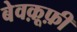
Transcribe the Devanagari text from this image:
बेवक़ूफ़ी